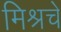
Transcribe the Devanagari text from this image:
मिश्रचे